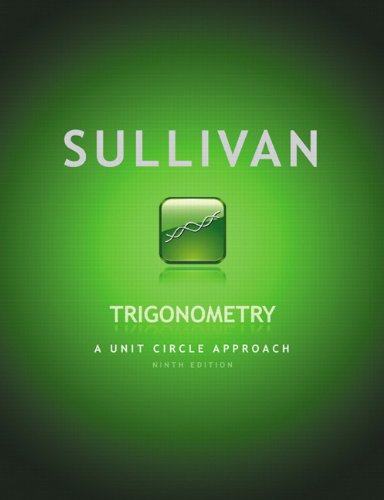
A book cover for Trigonometry: A Unit Circle Approach (9th Edition); Michael Sullivan; Science & Math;